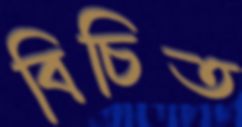
বিচিত